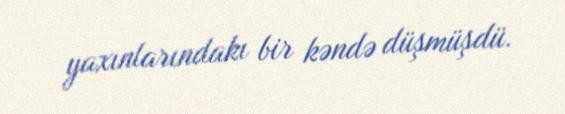
yaxınlarındakı bir kəndə düşmüşdü.